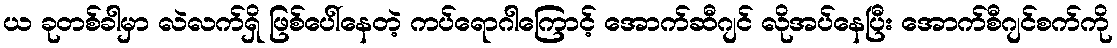
ယ ခုတစ်ခါမှာ လဲလက်ရှိ ဖြစ်ပေါ်နေတဲ့ ကပ်ရောဂါကြောင့် အောက်ဆီဂျင် လိုအပ်နေပြီး အောက်စီဂျင်စက်ကို